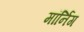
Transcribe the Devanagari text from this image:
मॉर्निग